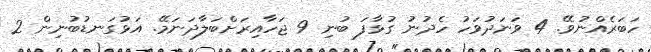
ހަބަރެއްނުވޭ. 4 ވަނަދުވަހު ހެދުނު ގުޅާފަ ބުނި 9 ޖަހާއިރަށްބަލާދަނަމޭ. އަޅުގަނޑުބުނިން 2